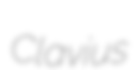
Clavius